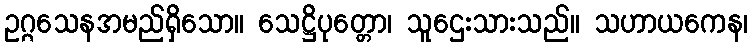
ဥဂ္ဂသေနအမည်ရှိသော။ သေဋ္ဌိပုတ္တော၊ သူဌေးသားသည်။ သဟာယကေန၊